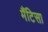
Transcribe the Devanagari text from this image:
मैंटिसा